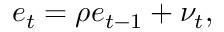
e _ { t } = \rho e _ { t - 1 } + \nu _ { t } ,